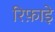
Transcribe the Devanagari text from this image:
रिफ़ाइे